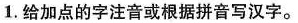
1.给加点的字注音或根据拼音写汉字。